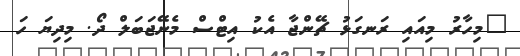
"މިހާރު މިއައި ރަނގަޅު ޗޭންޖާ އެކު އިޓްސް މެނޭޖަބަލް ދޯ. މިދިޔަ ހަ